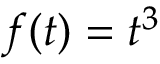
f ( t ) = t ^ { 3 }